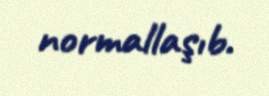
normallaşıb.